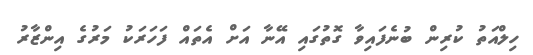
ހިލްއަތު ކުރިން ބުނެފައިވާ ގޮތުގައި އޭނާ އަށް އެތައް ފަހަރަކު މަރުގެ އިންޒާރު